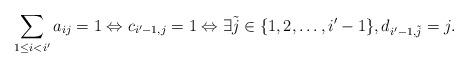
LaTeX: \begin{align*}\sum_{1 \leq i < i'} a_{ij} = 1 \Leftrightarrow c_{i'-1,j}=1 \Leftrightarrow \exists \tilde{j} \in \{1,2,\ldots,i'-1\}, d_{i'-1,\tilde{j}} = j.\end{align*}